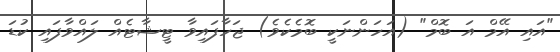
"އައި އޭމް އަ ބޮމް" (އަހަންނަކީ ބޮމެކެވެ) ޖަހާފައިވާ ޓީޝާޓެއް ލައްވާފައި ކުޑަ